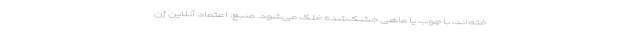
فته‌اند، با چوب یا ماهی خشک‌شده فلک می‌شود. منبع: اعتماد آنلاین ژن